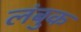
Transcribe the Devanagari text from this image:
लंबुक